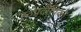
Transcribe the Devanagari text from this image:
ह्ठप्रदीपिका